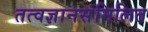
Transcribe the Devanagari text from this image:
तत्वज्ञानसंमिलित